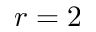
r = 2